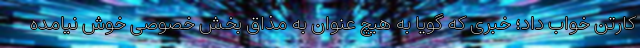
کارتن خواب داد؛ خبری که گویا به هیچ عنوان به مذاق بخش خصوصی خوش نیامده